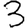
Digit: 3